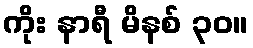
ကိုး နာရီ မိနစ် ၃၀။